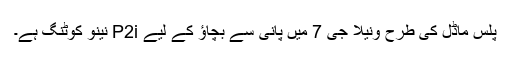
پلس ماڈل کی طرح ونیلا جی 7 میں پانی سے بچاؤ کے لیے P2i نینو کوٹنگ ہے۔